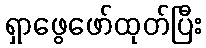
ရှာဖွေဖော်ထုတ်ပြီး